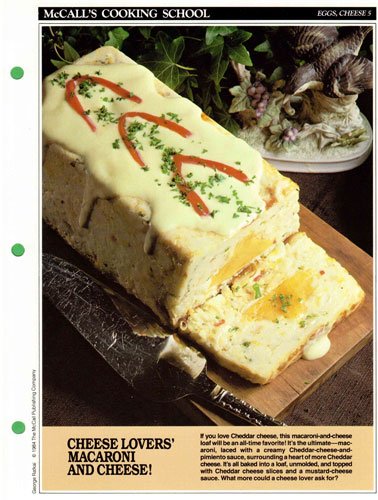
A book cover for McCall's Cooking School Recipe Card: Eggs, Cheese 5 - Baked Macaroni-And-Cheese Loaf With Cheese Sauce (Replacement McCall's Recipage or Recipe Card For 3-Ring Binders); Health, Fitness & Dieting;